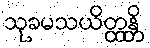
သုခမသယိတ္ထန္တိ